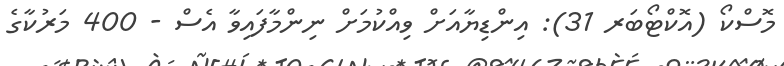
މޮސްކޯ (އޮކްޓޯބަރ 31): އިންޑިޔާއަށް ވިއްކުމަށް ނިންމާފައިވާ އެސް - 400 މަރުކާގެ